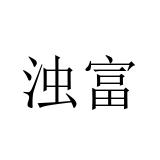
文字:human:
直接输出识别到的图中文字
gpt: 浊富